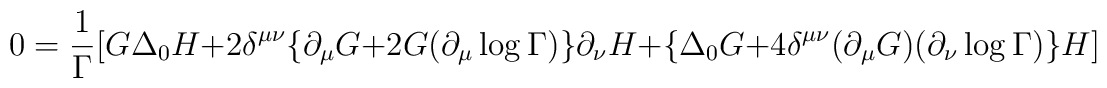
0 = \frac{1}{\Gamma} \big[ G \Delta_0 H + 2 \delta^{\mu\nu} \{\partial_{\mu} G + 2 G (\partial_{\mu} \log \Gamma) \} \partial_{\nu} H + \{\Delta_0 G + 4\delta^{\mu\nu} (\partial_{\mu} G ) (\partial_{\nu} \log\Gamma) \} H \big]